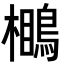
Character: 𪃥